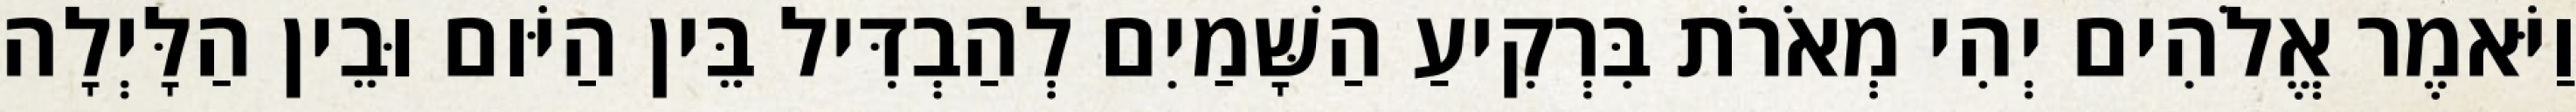
וַיֹּאמֶר אֱלֹהִים יְהִי מְאֹרֹת בִּרְקִיעַ הַשָּׁמַיִם לְהַבְדִּיל בֵּין הַיֹּום וּבֵין הַלָּיְלָה